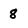
Character: 8